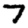
Digit: 7